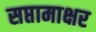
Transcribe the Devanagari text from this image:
सप्तामाक्षर